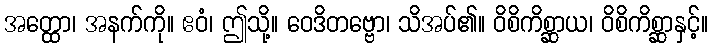
အတ္ထော၊ အနက်ကို။ ဧဝံ၊ ဤသို့။ ဝေဒိတဗ္ဗော၊ သိအပ်၏။ ဝိစိကိစ္ဆာယ၊ ဝိစိကိစ္ဆာနှင့်။